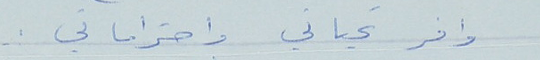
وافر تحياتي واحتراماتي.